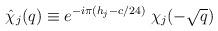
LaTeX: \begin{align*}\hat{\chi}_j(q) \equiv e^{-i\pi(h_j-c/24)}\;\chi_j(-\sqrt{q})\end{align*}